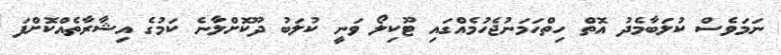
ނަމަވެސް ކުލަބާމެދު އޮތް ހިތްހަމަނުޖެހުމެއްގައި ޓޫކިލޯ ވަނީ ކުލަބު ދޫކޮށްލާނެ ކަމުގެ އިޝާރާތެއްކޮށްފަ